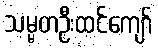
သမ္မတဦးထင်ကျော်